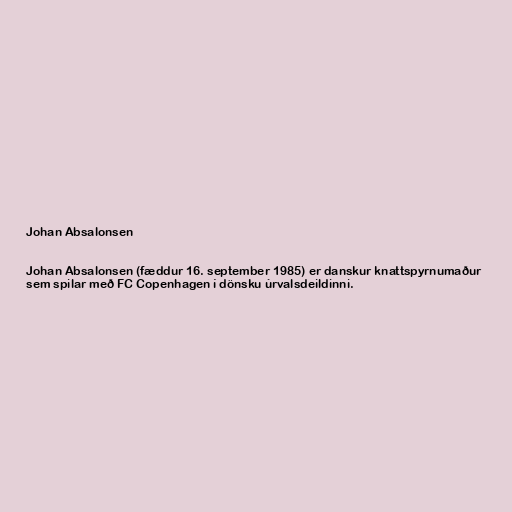
Johan Absalonsen

Johan Absalonsen (fæddur 16. september 1985) er danskur knattspyrnumaður
sem spilar með FC Copenhagen í dönsku úrvalsdeildinni.